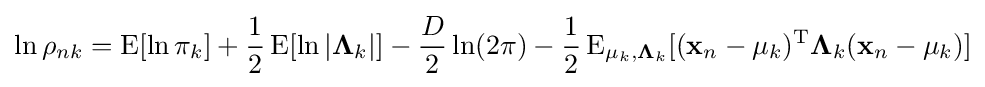
\ln \rho _{nk}=\operatorname {E} [\ln \pi _{k}]+{\frac {1}{2}}\operatorname {E} [\ln |\mathbf {\Lambda } _{k}|]-{\frac {D}{2}}\ln(2\pi )-{\frac {1}{2}}\operatorname {E} _{\mathbf {\mu } _{k},\mathbf {\Lambda } _{k}}[(\mathbf {x} _{n}-\mathbf {\mu } _{k})^{\rm {T}}\mathbf {\Lambda } _{k}(\mathbf {x} _{n}-\mathbf {\mu } _{k})]